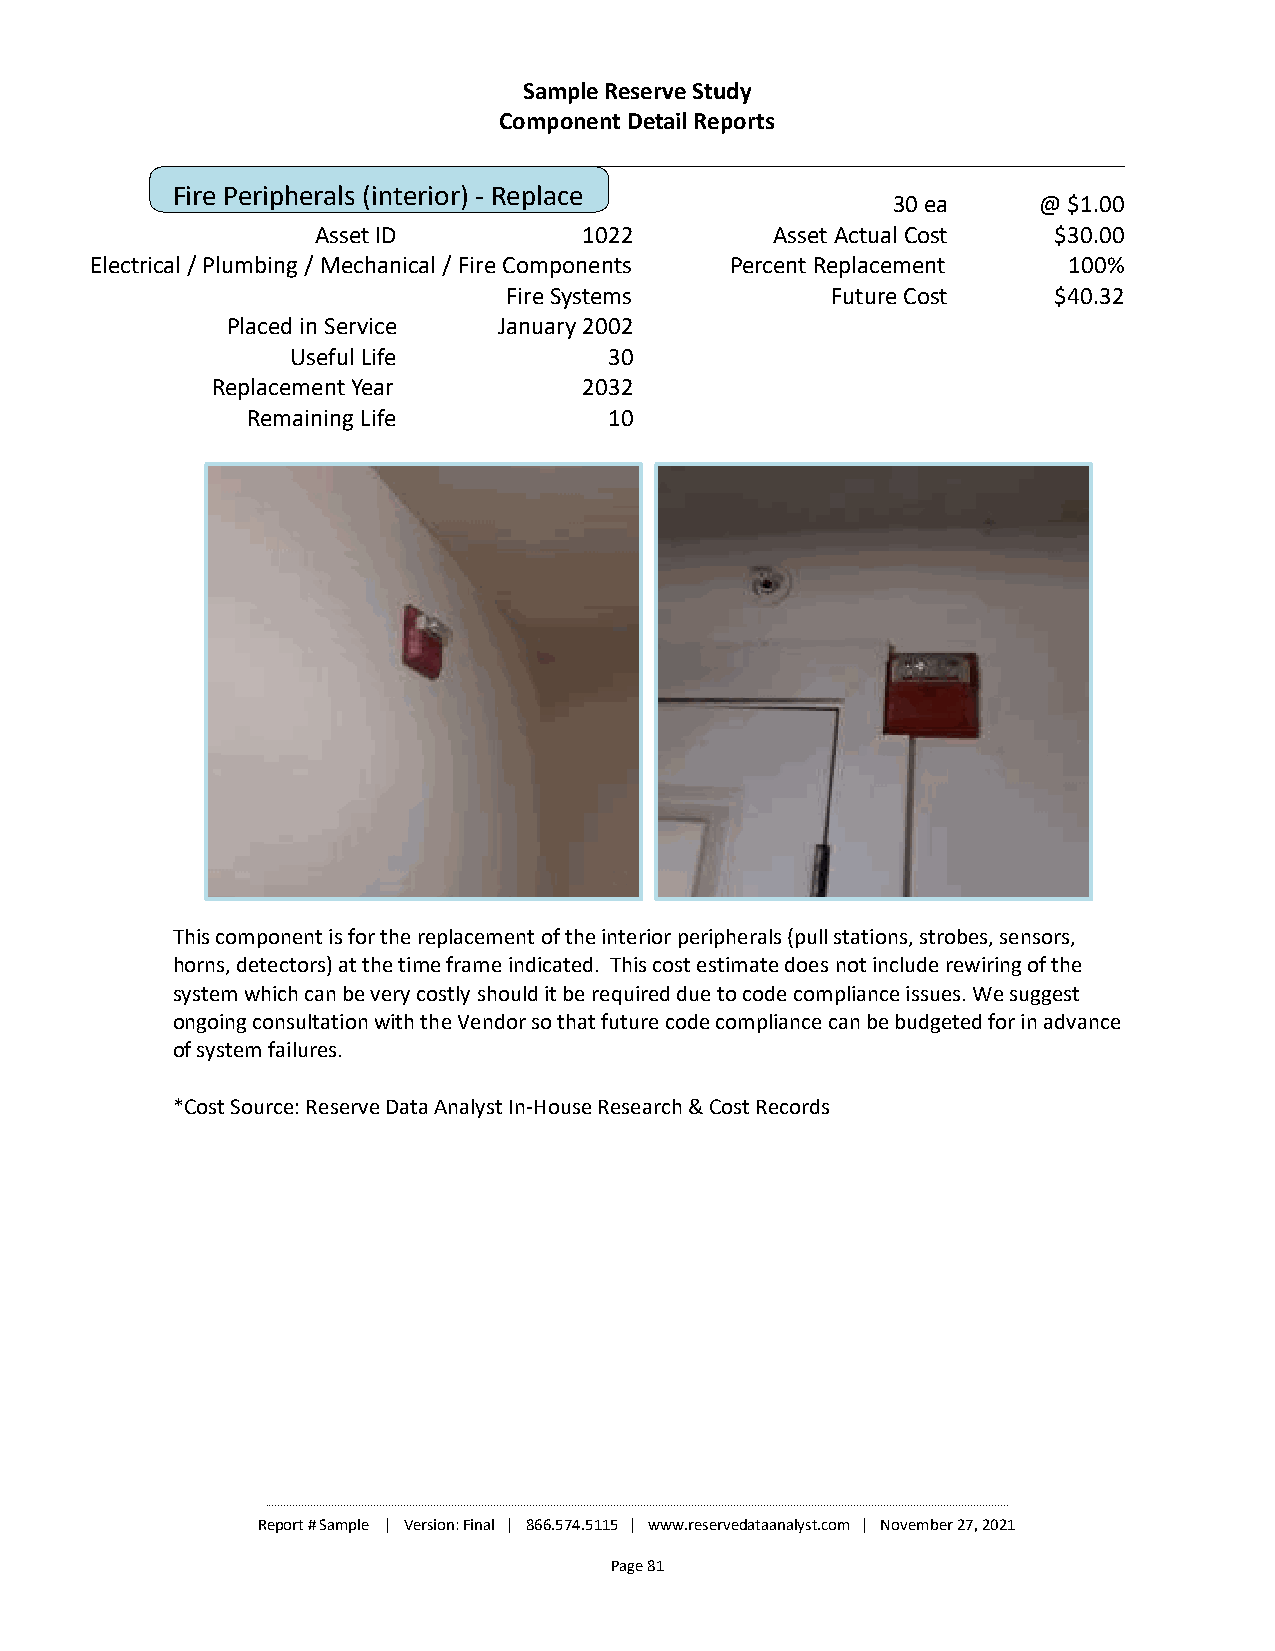
Sample Reserve Study
 Component Detail Reports
 Fire Peripherals (interior) - Replace
 30 ea     @ $1.00
 Asset ID          1022        Asset Actual Cost  $30.00
 Electrical / Plumbing / Mechanical / Fire Components Percent Replacement 100%
 Fire Systems         Future Cost    $40.32
 Placed in Service January 2002
 Useful Life          30
 Replacement Year         2032
 Remaining Life          10
 This component is for the replacement of the interior peripherals (pull stations, strobes, sensors,
 horns, detectors) at the time frame indicated. This cost estimate does not include rewiring of the
 system which can be very costly should it be required due to code compliance issues. We suggest
 ongoing consultation with the Vendor so that future code compliance can be budgeted for in advance
 of system failures.
 *Cost Source: Reserve Data Analyst In-House Research & Cost Records
 ________________________________________________________________________________________________________________________________________________________________________________________________________________________________________________________
 Report # Sample | Version: Final | 866.574.5115 | www.reservedataanalyst.com | November 27, 2021
 Page 81